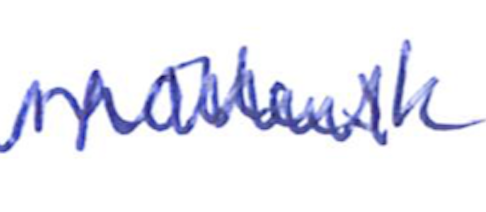
Text: mollusk
Cross-out: zig-zag
Writing tool: ballpoint